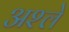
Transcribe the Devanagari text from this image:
अश्ले